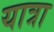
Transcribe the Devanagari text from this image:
यात्रा